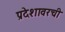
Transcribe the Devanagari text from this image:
प्रदेशावरची